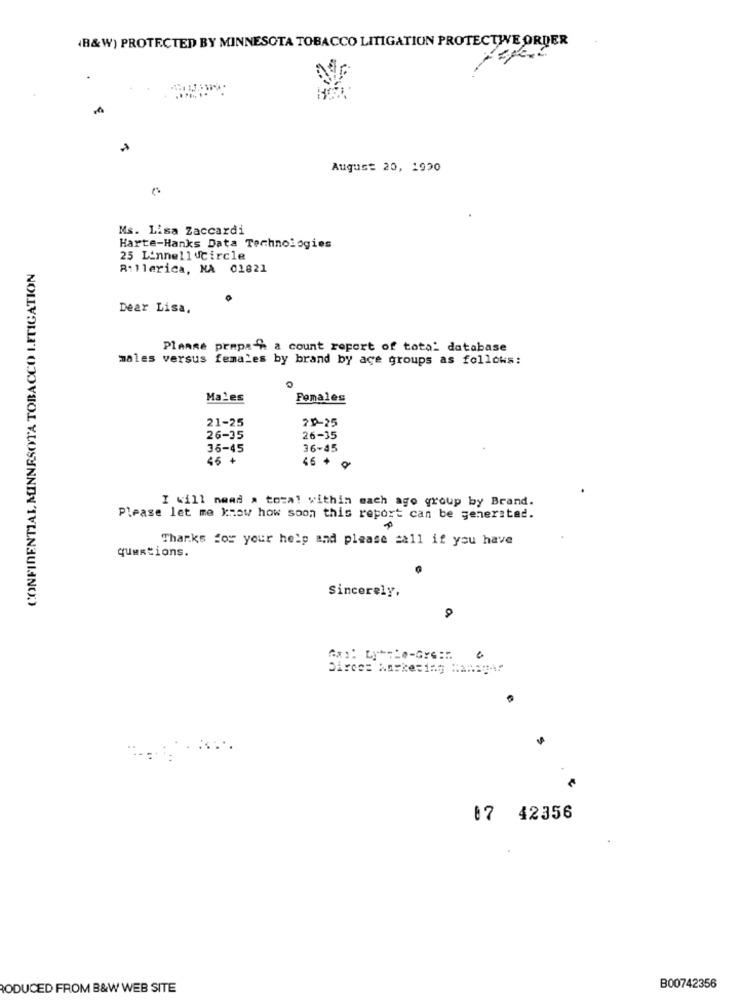
(B&W) PROTECTED BY MINNESOTA TOBACCO LITIGATION PROTECTWE ORDER
August 20, 1920
Ms. Lisa Zaccardi
Harte-Hanks Data Technologies
25 Linnellscircle
CONFIDENTIAL MINNESOTA TOBACCO LITIGATION
R:llerica, MA 01821
Dear Lisa,
Please prapa % a count report of total database
males versus females by brand by age groups as follows:
0
Males
Females
21-25
20-25
26-35
26-35
36-45
36-45
46 +
46 + ¥
I will need a tozal within mach ago group by Brand.
Please let me know how soon this report can be generated.
Thanks for your help and please call if you have
questions.
Sincerely,
Direct Marketing Manager
....
" :...
87 42356
RODUCED FROM B&W WEB SITE
B00742356